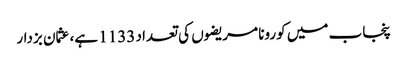
پنجاب میں کورونا مریضوں کی تعداد 1133 ہے، عثمان بزدار